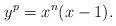
LaTeX: \begin{align*} y^p=x^n(x-1).\end{align*}